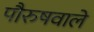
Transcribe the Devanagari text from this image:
पौरुषवाले